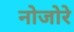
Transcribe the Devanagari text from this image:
नोजोरे